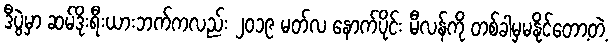
ဒီပွဲမှာ ဆမ်ဒိုးရီးယားဘက်ကလည်း ၂၀၁၉ မတ်လ နောက်ပိုင်း မီလန်ကို တစ်ခါမှမနိုင်တော့တဲ့